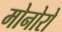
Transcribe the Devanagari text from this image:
मोनोरो